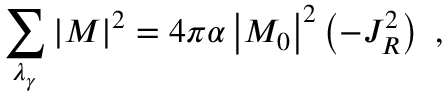
\sum _ { \lambda _ { \gamma } } \left| { \cal M } \right| ^ { 2 } = 4 \pi \alpha \left| { \cal M } _ { 0 } \right| ^ { 2 } \left( - J _ { R } ^ { 2 } \right) \ ,